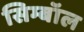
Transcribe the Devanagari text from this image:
सिम्बॉल